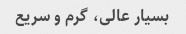
بسیار عالی، گرم و سریع